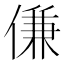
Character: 傔